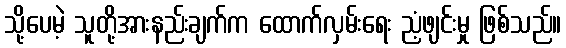
သို့ပေမဲ့ သူတို့အားနည်းချက်က ထောက်လှမ်းရေး ညံ့ဖျင်းမှု ဖြစ်သည်။